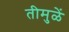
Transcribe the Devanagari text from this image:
तीमुळें